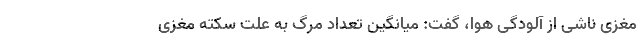
مغزی ناشی از آلودگی هوا،‌ گفت: میانگین تعداد مرگ به علت سکته مغزی